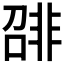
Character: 𬰛